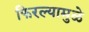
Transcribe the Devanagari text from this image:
फिरल्यामुळे